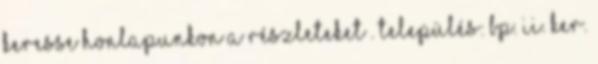
Keresse honlapunkon a részleteket . Település: Bp. II. ker.